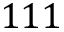
1 1 1